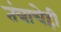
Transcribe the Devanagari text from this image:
तंत्राचेही